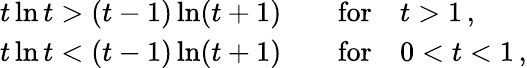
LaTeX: \begin{array}{l}{{t\ln t>(t-1)\ln(t+1)\qquad\mathrm{for}\quad t>1\, ,}}\\ {{t\ln t<(t-1)\ln(t+1)\qquad\mathrm{for}\quad 0<t<1\, ,}}\end{array}